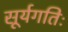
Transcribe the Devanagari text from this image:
सूर्यगतिः